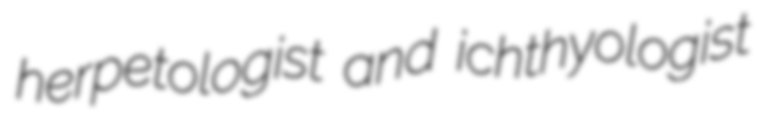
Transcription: herpetologist and ichthyologist